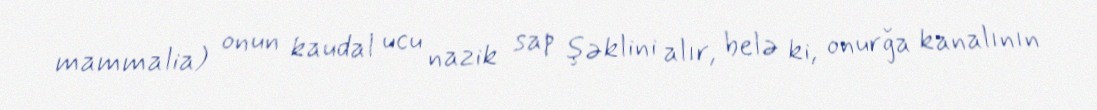
mammalia) onun kaudal ucu nazik sap şəklini alır, belə ki, onurğa kanalının